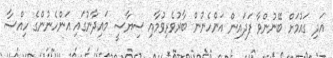
އަދި ގައުމަށް ބޭނުންވާ ފަދައިން އަންހެނުން ބާރުވެރިވުމާއި ސިޔާސީ މައިދާނުގައި އަންހެނުންގެ ހިއްސާ